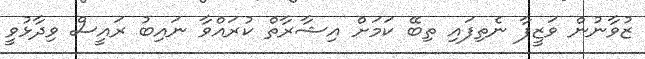
ޒުވާނުން ވަޒީފާ ނެތިފައި ތިބޭ ކަމަށް އިޝާރާތް ކުރައްވާ ނައިބު ރައީސް ވިދާޅުވީ